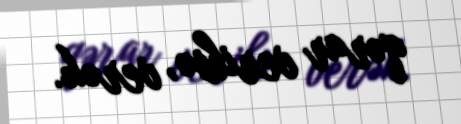
qərar veribsə, verək.